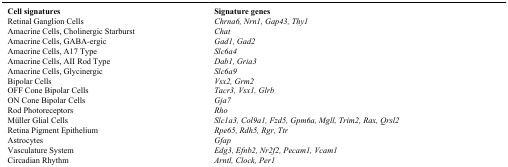
<table><thead><tr><td><b>Cell signatures</b></td><td><b>Signature genes</b></td></tr></thead><tbody><tr><td>Retinal Ganglion Cells</td><td><i>Chrna6, Nrn1, Gap43, Thy1</i></td></tr><tr><td>Amacrine Cells, Cholinergic Starburst</td><td><i>Chat</i></td></tr><tr><td>Amacrine Cells, GABA-ergic</td><td><i>Gad1, Gad2</i></td></tr><tr><td>Amacrine Cells, A17 Type</td><td><i>Slc6a4</i></td></tr><tr><td>Amacrine Cells, AII Rod Type</td><td><i>Dab1, Gria3</i></td></tr><tr><td>Amacrine Cells, Glycinergic</td><td><i>Slc6a9</i></td></tr><tr><td>Bipolar Cells</td><td><i>Vsx2, Grm2</i></td></tr><tr><td>OFF Cone Bipolar Cells</td><td><i>Tacr3, Vsx1, Glrb</i></td></tr><tr><td>ON Cone Bipolar Cells</td><td><i>Gja7</i></td></tr><tr><td>Rod Photoreceptors</td><td><i>Rho</i></td></tr><tr><td>Müller Glial Cells</td><td><i>Slc1a3, Col9a1, Fzd5, Gpm6a, Mgll, Trim2, Rax, Qrsl2</i></td></tr><tr><td>Retina Pigment Epithelium</td><td><i>Rpe65, Rdh5, Rgr, Ttr</i></td></tr><tr><td>Astrocytes</td><td><i>Gfap</i></td></tr><tr><td>Vasculature System</td><td><i>Edg3, Efnb2, Nr2f2, Pecam1, Vcam1</i></td></tr><tr><td>Circadian Rhythm</td><td><i>Arntl, Clock, Per1</i></td></tr></tbody></table>